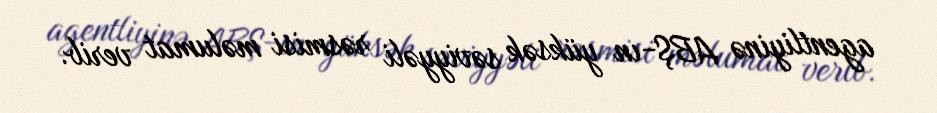
agentliyinə ABŞ-ın yüksək səviyyəli rəsmisi məlumat verib.